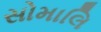
સોમાલિ